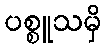
ပစ္စူသမှိ